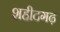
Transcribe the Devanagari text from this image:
शहीदगढ़